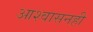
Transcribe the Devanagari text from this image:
आश्वासनही